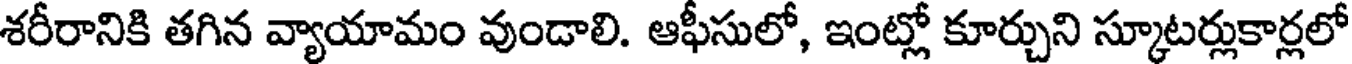
శరీరానికి తగిన వ్యాయామం వుండాలి. ఆఫీసులో, ఇంట్లో కూర్చుని స్కూటర్లుకార్లలో